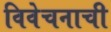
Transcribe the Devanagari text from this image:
विवेचनाची